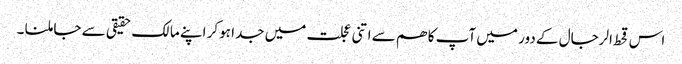
اس قحط الرجال کے دور میں آپ کا ھم سے اتنی عجلت میں جدا ہوکر اپنے مالک حقیقی سے جا ملنا ۔